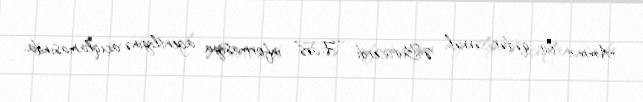
Amma bir qədər əvvəl Ə.Burucerdi “Fars” informasiya agentliyinə açıqlamasında